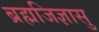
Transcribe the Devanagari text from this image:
ब्रह्मजिज्ञासु